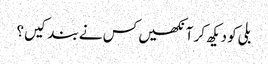
بلی کو دیکھ کر آنکھیں کس نے بند کیں؟